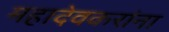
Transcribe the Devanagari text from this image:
महादेवकरांना